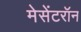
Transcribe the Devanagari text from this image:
मेसेंटरॉन